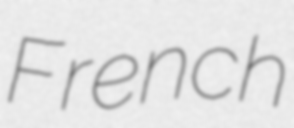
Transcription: French